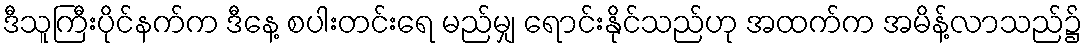
ဒီသူကြီးပိုင်နက်က ဒီနေ့ စပါးတင်းရေ မည်မျှ ရောင်းနိုင်သည်ဟု အထက်က အမိန့်လာသည်၌